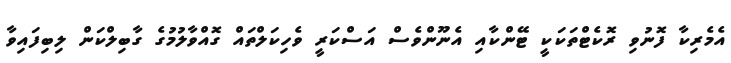
އެމެރިކާ ފޮނުވި ރޮކެޓްތަކަކީ ޓޭންކާއި އެނޫންވެސް އަސްކަރީ ވެހިކަލްތައް ގޮއްވާލުމުގެ ގާބިލްކަން ލިބިފައިވާ